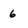
Character: 6